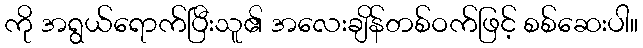
ကို အရွယ်ရောက်ပြီးသူ၏ အလေးချိန်တစ်ဝက်ဖြင့် စစ်ဆေးပါ။